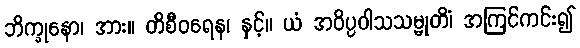
ဘိက္ခုနော၊ အား။ တိစီဝရေန၊ နှင့်။ ယံ အဝိပ္ပဝါသသမ္မုတိံ၊ အကြင်ကင်း၍